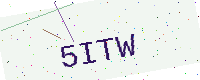
Text: 5ITW